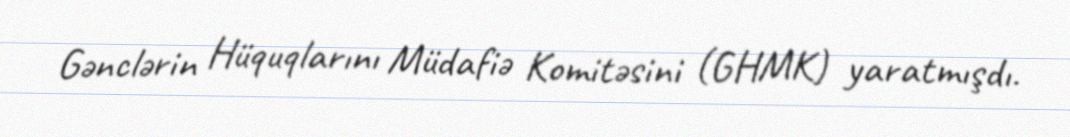
Gənclərin Hüquqlarını Müdafiə Komitəsini (GHMK) yaratmışdı.